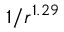
1 / r ^ { 1 . 2 9 }